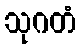
သုဂတံ